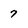
Character: 7